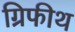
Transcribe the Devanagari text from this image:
ग्रिफीथ